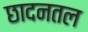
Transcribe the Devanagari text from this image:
छादनतल